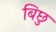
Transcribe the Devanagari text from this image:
बिछु